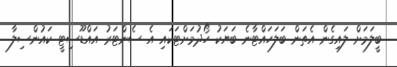
ބީލަމަށް ލައިގެން އެތަން ބަލަހައްޓާނެ ބަޔަކު ހޯދުމަށްޓަކައި އެ ސެންޓަރު އައްޑޫސިޓީ ކައުންސިލާ